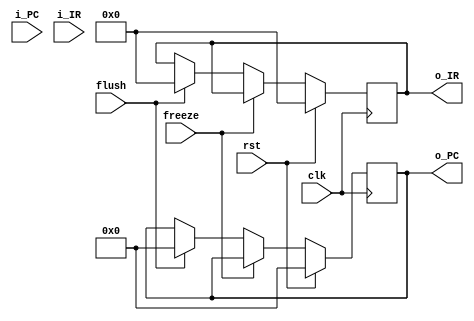
module IF2ID(
    input clk, rst, freeze, flush,
    input [15:0] i_PC,
    input [31:0] i_IR,
    output reg [15:0] o_PC,
    output reg [31:0] o_IR
);

always @(posedge clk) begin
    if(rst) begin
        o_PC <= 0;
        o_IR <= 0;
    end
    else begin
        if(freeze == 0) begin
            if(flush) begin
                o_PC <= 0;
                o_IR <= 0;
            end
        end
    end
end

endmodule